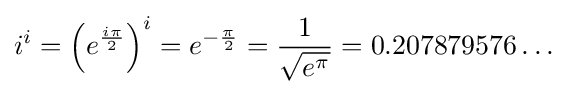
i^{i}=\left(e^{\frac {i\pi }{2}}\right)^{i}=e^{-{\frac {\pi }{2}}}={\frac {1}{\sqrt {e^{\pi }}}}=0.207879576\ldots